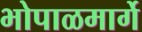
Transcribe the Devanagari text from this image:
भोपाळमार्गे